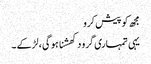
مجھ کو پیش کرو
یہی تمہاری گرو دکھشنا ہو گی ، لڑکے ۔